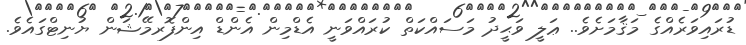
ޑުރައިވަރެއްގެ މަޤާމަށެވެ.. ޢަލީ ވަޙީދު މަސައްކަތް ކުރައްވަނީ އެޑްމިން އެންޑް އިންފޮރމޭޝަން ޔުނިޓްގައެވެ.